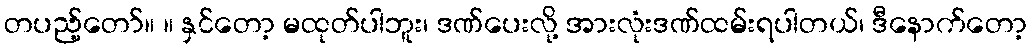
တပည့်တော်။ ။ နှင်တော့ မထုတ်ပါဘူး၊ ဒဏ်ပေးလို့ အားလုံးဒဏ်ထမ်းရပါတယ်၊ ဒီနောက်တော့